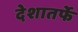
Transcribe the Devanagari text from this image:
देशातर्फे